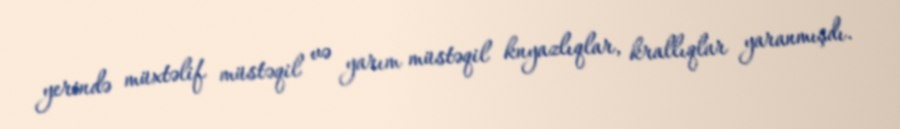
yerində müxtəlif müstəqil və yarım müstəqil knyazlıqlar, krallıqlar yaranmışdı.